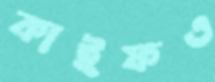
কাইফও